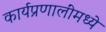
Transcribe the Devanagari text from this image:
कार्यप्रणालींमध्ये